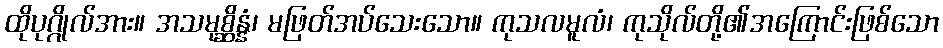
ထိုပုဂ္ဂိုလ်အား။ အသမုစ္ဆိန္နံ၊ မဖြတ်အပ်သေးသော။ ကုသလမူလံ၊ ကုသိုလ်တို့၏အကြောင်းဖြစ်သော